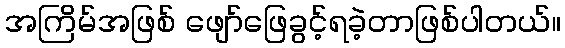
အကြိမ်အဖြစ် ဖျော်ဖြေခွင့်ရခဲ့တာဖြစ်ပါတယ်။